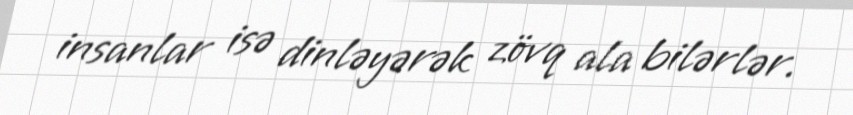
insanlar isə dinləyərək zövq ala bilərlər.